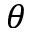
\theta